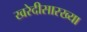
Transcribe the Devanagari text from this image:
खरेदीसारख्या